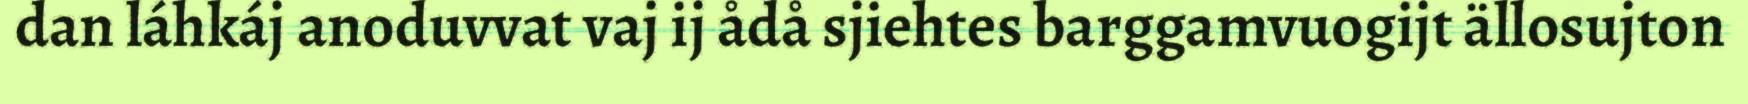
dan láhkáj anoduvvat vaj ij ådå sjiehtes barggamvuogijt ällosujton